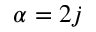
\alpha = 2 j